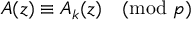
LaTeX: A ( z ) \equiv A _ { k } ( z ) { \pmod { p } }